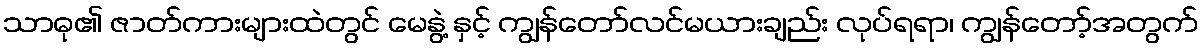
သာဓု၏ ဇာတ်ကားများထဲတွင် မေနွဲ့ နှင့် ကျွန်တော်လင်မယားချည်း လုပ်ရရာ၊ ကျွန်တော့်အတွက်